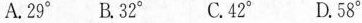
A.29 B.32° C.42° D.58°